Scientific memoirs by medical officers of the Army of India - Part XI,
Year: 1898
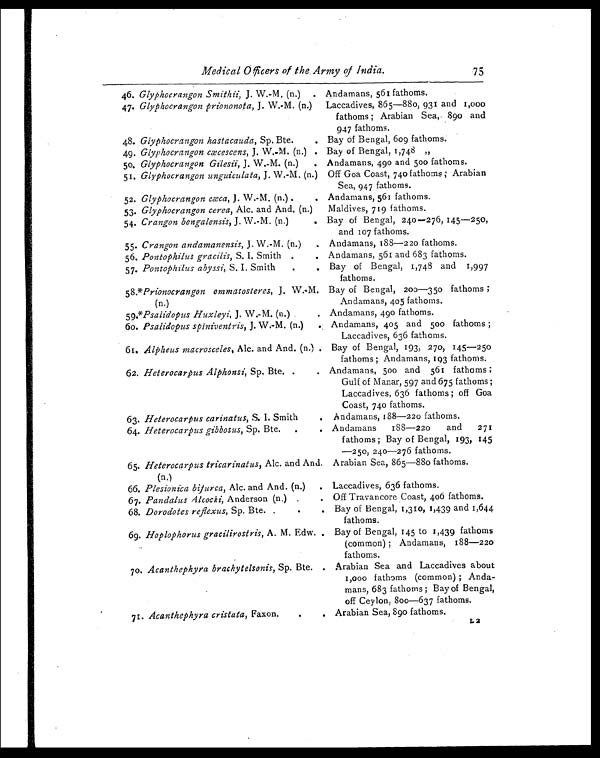
Medical Officers of the Army of India.
46. Glyphocrangon Smithii, J. W.-M. (n.) . Andamans, 561 fathoms.
47. Glyphocrangon priononota, J. W.-M. (n.) Laccadives, 865—880, 931 and 1,000
fathoms ; Arabian Sea, 890 and
947 fathoms.
48. Glyphocrangon hastacauda, Sp. Bte.
. Bay of Bengal, 609 fathoms.
49. Glyphocrangon cæcescens, J. W.-M. (n.) . Bay of Bengal, 1,748 „
50. Glyphocrangon Gilesii, J. W.-M. (n.)
. Andamans, 490 and 500 fathoms.
51. Glyphocrangon unguiculata, J. W.-M, (n.) Off Goa Coast, 74o fathoms ; Arabian
Sea, 947 fathoms.
52. Glyphocrangon cæca, J. W.-M. (n.) .
. Andamans, 56I fathoms.
53. Glyphocrangon cerea, Alc. and And. (n.)
Maldives, 719 fathoms.
54. Crangon bengalensis, J. W.-M. (n.)
Bay of Bengal, 240—276, 145—250,
and 107 fathoms.
55. Crangon andamanensis, J. W.-M. (n.) . Andamans, 188—220 fathoms.
56. Pontophilus gracilis, S. I. Smith .
. Andamans, 561 and 683 fathoms.
57. Pontophilus abyssi, S. I. Smith
.
. Bay of Bengal, 1,748 and 1,997
fathoms.
58.*Prionocrangon ommatosteres, J. W.M.
(n.)
Bay of Bengal, 200—350 fathoms ;
Andamans, 405 fathoms.
59.*Psalidopus Huxleyi, J. W.-M. (n.)
. Andamans, 490 fathoms.
6o. Psalidopus spiniventris, J. W.-M. (n.)
Andamans, 405 and 500 fathoms ;
61. Alpheus macrosceles, Alc. and And. (n.) .
Laccadives, 636 fathoms.
Bay of Bengal, 193, 270, 145—250
fathoms ; Andamans, 193 fathoms.
62. Heterocarpus Alphonsi, Sp, Bte. .
. Andamans, 500 and 561 fathoms ;
Gulf. of Manar, 597 and 675 fathoms ;
Laccadives, 636 fathoms ; off Goa
Coast, 740 fathoms.
63. Heterocarpus carinatus, S. I. Smith
. Andamans, 188-220 fathoms.
64. Heterocarpus gibbosus, Sp. Bte. .
. Andamans 188—220
and 271
fathoms ; Bay of Bengal, 193, 145
—250, 240—.276 fathoms.
65. Heterocarpus tricarinatus, Alc. and And.
(n,)
Arabian Sea, 865—880 fathoms.
66. Plesionica bifurca, Ale. and And. (n.) . Laccadives, 636 fathoms.
67. Pandalus Alcocki, Anderson (n.) ,
. Off Travancore Coast, 406 fathoms.
68. Dorodotes reflexus, Sp. Bte.
.
. Bay of Bengal, 1,310, 1,439 and 1,644
fathoms.
69. Hoplophorus gracilirostris, A. M. Edw. . Bay of Bengal, 145 to 1,439 fathoms
(common) ; Andamans, 188—220
fathoms.
7o. Acanthephyra brachytelsonis, Sp. Bte. .
-
Arabian Sea and Laccadives about
1,000 fathoms (common) ; Anda-
mans, 683 fathoms ; Bay of Bengal,
off Ceylon, 800—637 fathoms.
71. Acanthephyra cristata, Faxon,
.
. Arabian Sea, 89o fathoms. L.2
75